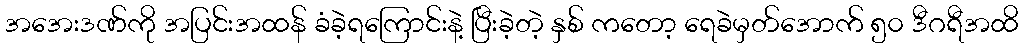
အအေးဒဏ်ကို အပြင်းအထန် ခံခဲ့ရကြောင်းနဲ့ ပြီးခဲ့တဲ့ နှစ် ကတော့ ရေခဲမှတ်အောက် ၅၀ ဒီဂရီအထိ